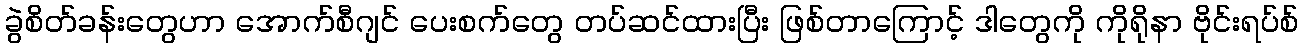
ခွဲစိတ်ခန်းတွေဟာ အောက်စီဂျင် ပေးစက်တွေ တပ်ဆင်ထားပြီး ဖြစ်တာကြောင့် ဒါတွေကို ကိုရိုနာ ဗိုင်းရပ်စ်